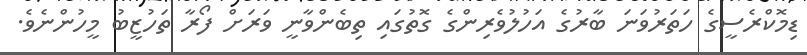
ޑިމޮކްރެސީގެ ހަތަރުވަނަ ބާރުގެ އަހުލުވެރިންގެ ގޮތުގައި ތިބެންވާނީ ވަރަށް ފޯރާ ތަހުޒީބު މީހުންނެވެ.